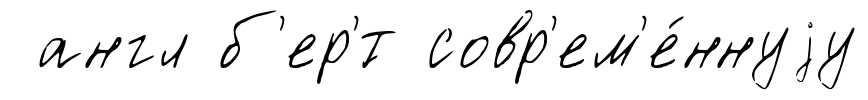
англ б'ер'́т совр'ем'е́ннуjу